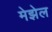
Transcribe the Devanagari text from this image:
मेझेल